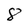
Character: 8